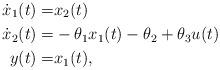
LaTeX: \begin{align*}\dot x_1(t)=&x_2(t) \\\dot x_2(t)=& -\theta_1 x_1(t) -\theta_2 +\theta_3 u(t) \\ y(t)=&x_1(t),\end{align*}